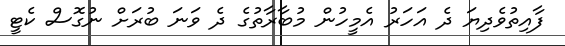
ފާއިތުވެދިޔަ ދެ އަހަރު އެމީހުން މުބާރާތުގެ ދެ ވަނަ ބުރަށް ނުގޮސް ކެޓީ